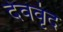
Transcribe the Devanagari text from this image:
देववृंद